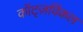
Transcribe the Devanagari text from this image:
कॉट्ज़विंकल